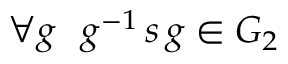
\forall g \ \ g ^ { - 1 } \, s \, g \in G _ { 2 }